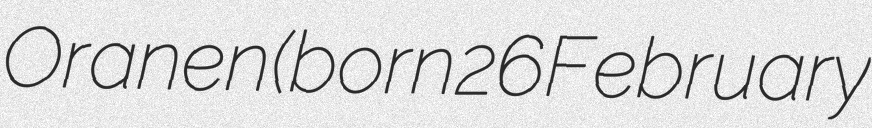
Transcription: Oranen (born 26 February